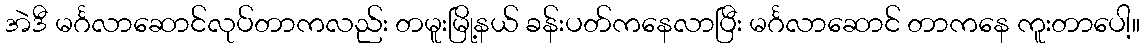
အဲဒီ မင်္ဂလာဆောင်လုပ်တာကလည်း တမူးမြို့နယ် ခန်းပတ်ကနေလာပြီး မင်္ဂလာဆောင် တာကနေ ကူးတာပေါ့။